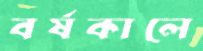
বর্ষকালে